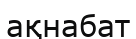
ақнабат